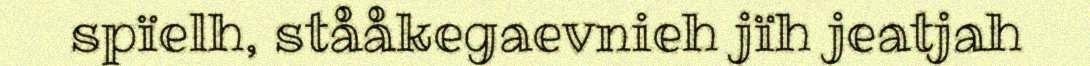
spïelh, stååkegaevnieh jïh jeatjah